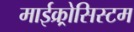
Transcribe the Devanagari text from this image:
माईक्र्रोसिस्टम